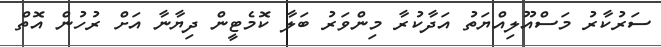
ސަރުކާރު މަސްއޫލިއްޔަތު އަދާކުރާ މިންވަރު ބަލާ ކޮމެޓީން ދިޔާނާ އަށް ރުހުން އޮތް